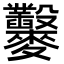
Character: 𪎇